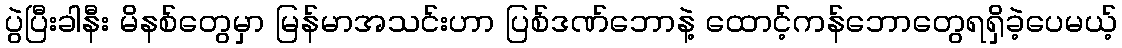
ပွဲပြီးခါနီး မိနစ်တွေမှာ မြန်မာအသင်းဟာ ပြစ်ဒဏ်ဘောနဲ့ ထောင့်ကန်ဘောတွေရရှိခဲ့ပေမယ့်